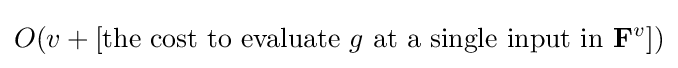
O(v+{\text{[the cost to evaluate }}g{\text{ at a single input in }}\mathbf {F} ^{v}])